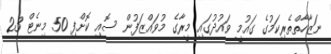
ނަޒާހާތްތެރިކަމުގެ ގައުމީ ވައުދުގައި މީރާގެ މުވައްޒަފުން ސޮއި ކޮށްފި 50 މިނެޓް 23